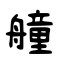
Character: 艟